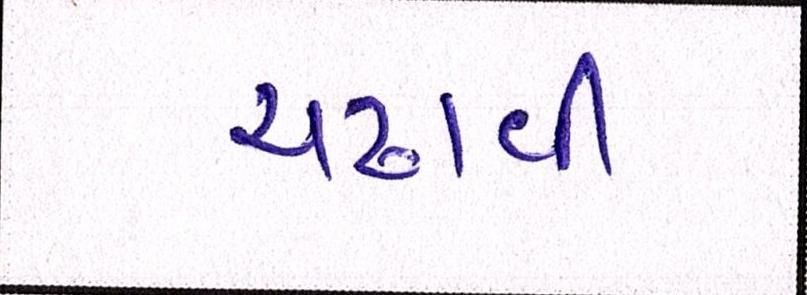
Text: ચઢાવી